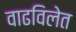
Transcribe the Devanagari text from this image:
वाढविलेत